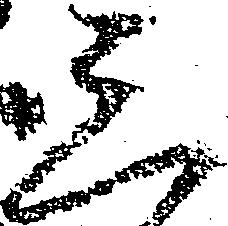
三